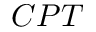
C P T